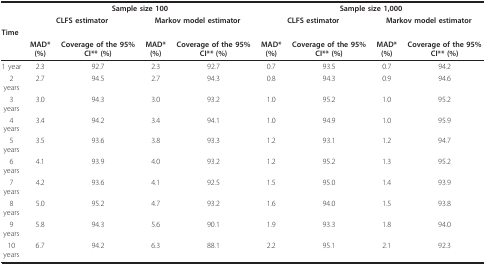
|  | <COLSPAN=4> Sample size 100 | <COLSPAN=4> Sample size 1,000 |
 |  | <COLSPAN=2> CLFS estimator | <COLSPAN=2> Markov model estimator | <COLSPAN=2> CLFS estimator | <COLSPAN=2> Markov model estimator |
 | Time |  |  |  |  |  |  |  |  |
 |  | MAD* (%) | Coverage of the 95% CI** (%) | MAD* (%) | Coverage of the 95% CI** (%) | MAD* (%) | Coverage of the 95% CI** (%) | MAD* (%) | Coverage of the 95% CI** (%) |
 | --- | --- | --- | --- | --- | --- | --- | --- | --- |
 | 1 year | 2.3 | 92.7 | 2.3 | 92.7 | 0.7 | 93.5 | 0.7 | 94.2 |
 | 2 years | 2.7 | 94.5 | 2.7 | 94.3 | 0.8 | 94.3 | 0.9 | 94.6 |
 | 3 years | 3.0 | 94.3 | 3.0 | 93.2 | 1.0 | 95.2 | 1.0 | 95.2 |
 | 4 years | 3.4 | 94.2 | 3.4 | 94.1 | 1.0 | 94.9 | 1.0 | 95.9 |
 | 5 years | 3.5 | 93.6 | 3.8 | 93.3 | 1.2 | 93.1 | 1.2 | 94.7 |
 | 6 years | 4.1 | 93.9 | 4.0 | 93.2 | 1.2 | 95.2 | 1.3 | 95.2 |
 | 7 years | 4.2 | 93.6 | 4.1 | 92.5 | 1.5 | 95.0 | 1.4 | 93.9 |
 | 8 years | 5.0 | 95.2 | 4.7 | 93.2 | 1.6 | 94.0 | 1.5 | 93.8 |
 | 9 years | 5.8 | 94.3 | 5.6 | 90.1 | 1.9 | 93.3 | 1.8 | 94.0 |
 | 10 years | 6.7 | 94.2 | 6.3 | 88.1 | 2.2 | 95.1 | 2.1 | 92.3 |